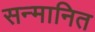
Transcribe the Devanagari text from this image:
सन्‍मानित